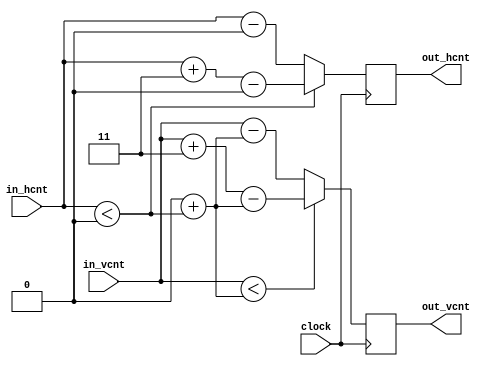
//-----------------------------------------------------------------------------
// <coord_adjuster>
//  - Adjusts coordinates based on the given latency
//  - <LATENCY> must be >= 1
//-----------------------------------------------------------------------------
// Version 1.00 (June 15, 2018)
//  - Initial version
//-----------------------------------------------------------------------------
// (C) 2018 Taito Manabe, all rights reserved.
//-----------------------------------------------------------------------------
`default_nettype none
`timescale 1ns/1ns

module coord_adjuster
#( parameter integer HEIGHT  = -1,  // frame height
    parameter integer WIDTH   = -1,  // frame width
parameter integer LATENCY = -1 )
( clock, in_vcnt, in_hcnt, out_vcnt, out_hcnt );

// local parameters --------------------------------------------------------
localparam integer V_BITW        = log2(HEIGHT);
localparam integer H_BITW        = log2(WIDTH);
localparam integer EQUIV_LATENCY = (LATENCY - 1) % (HEIGHT * WIDTH);
localparam integer V_LATENCY     = EQUIV_LATENCY / WIDTH;
localparam integer H_LATENCY     = EQUIV_LATENCY % WIDTH;

// inputs / outputs --------------------------------------------------------
input wire              clock;
input wire [V_BITW-1:0] in_vcnt;
input wire [H_BITW-1:0] in_hcnt;
output reg [V_BITW-1:0] out_vcnt;
output reg [H_BITW-1:0] out_hcnt;

// vcnt adjustment ---------------------------------------------------------
wire [V_BITW-1:0] 	   v_diff;
assign v_diff = V_LATENCY + (in_hcnt < H_LATENCY);
always @(posedge clock) begin
    if(in_vcnt < v_diff)
        out_vcnt <= ({1'b0, in_vcnt} + HEIGHT) - v_diff;
    else
        out_vcnt <= in_vcnt - v_diff;
end

// hcnt adjustment ---------------------------------------------------------
always @(posedge clock) begin
    if(in_hcnt < H_LATENCY)
        out_hcnt <= ({1'b0, in_hcnt} + WIDTH) - H_LATENCY;
    else
        out_hcnt <= in_hcnt - H_LATENCY;
end

// functions ---------------------------------------------------------------
function integer log2;
    input integer value;
    begin
        value = value - 1;
        for ( log2 = 0; value > 0; log2 = log2 + 1 )
            value = value >> 1;
    end
endfunction

endmodule
`default_nettype wire